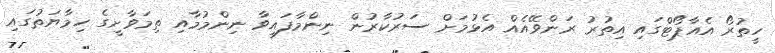
ހީތުރޯ އެއާޕޯޓްގައި އިތުރު ރަންވޭއެއް އެޅުމަށް ސަރުކާރުން ނިންމާފައިވާ ނިންމުމާއި ތިމަވާށީގެ ހިމާޔަތުގައި